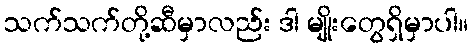
သက်သက်တို့ဆီမှာလည်း ဒါ မျိုးတွေရှိမှာပါ။